Civil Veterinary Department Bihar & Orissa reports 1929-36 - 1929-1936
Year: 1929
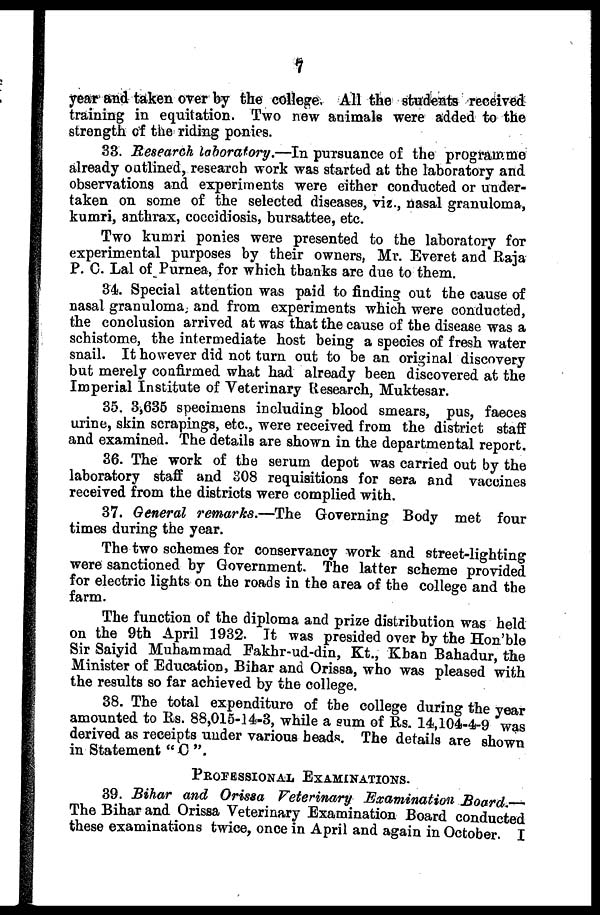
7
year and taken over by the college. All the students received
training in equitation. Two new animals were added to the
strength of the riding ponies.
33. Research laboratory.—In pursuance of the programme
already outlined, research work was started at the laboratory and
observations and experiments were either conducted or under-
taken on some of the selected diseases, viz., nasal granuloma,
kumri, anthrax, coccidiosis, bursattee, etc.
Two kumri ponies were presented to the laboratory for
experimental purposes by their owners, Mr. Everet and Raja
P. C. Lal of Purnea, for which thanks are due to them.
34. Special attention was paid to finding out the cause of
nasal granuloma; and from experiments which were conducted,
the conclusion arrived at was that the cause of the disease was a
schistome, the intermediate host being a species of fresh water
snail. It however did not turn out to be an original discovery
but merely confirmed what had already been discovered at the
Imperial Institute of Veterinary Research, Muktesar.
35. 3,635 specimens including blood smears, pus, faeces
urine, skin scrapings, etc., were received from the district staff
and examined. The details are shown in the departmental report.
36. The work of the serum depot was carried out by the
laboratory staff and 308 requisitions for sera and vaccines
received from the districts were complied with.
37. General remarks.—The Governing Body met four
times during the year.
The two schemes for conservancy work and street-lighting
were sanctioned by Government. The latter scheme provided
for electric lights on the roads in the area of the college and the
farm.
The function of the diploma and prize distribution was held
on the 9th April 1932. It was presided over by the Hon'ble
Sir Saiyid Muhammad Fakhr-ud-din, Kt., Kban Bahadur, the
Minister of Education, Bihar and Orissa, who was pleased with
the results so far achieved by the college.
38. The total expenditure of the college during the year
amounted to Rs. 88,015-14-3, while a sum of Rs. 14,104-4-9 was
derived as receipts under various heads. The details are shown
in Statement "C".
PROFESSIONAL EXAMINATIONS.
39. Bihar and Orissa Veterinary Examination Board.—
The Bihar and Orissa Veterinary Examination Board conducted
these examinations twice, once in April and again in October. I